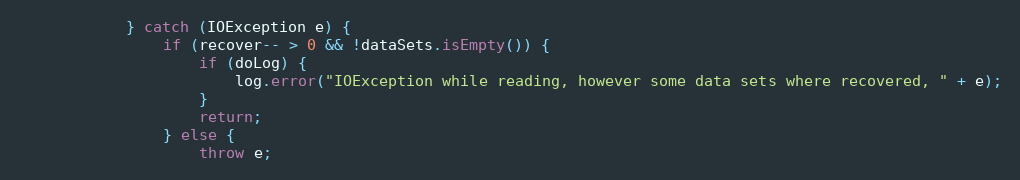
Language: Java
			} catch (IOException e) {
				if (recover-- > 0 && !dataSets.isEmpty()) {
					if (doLog) {
						log.error("IOException while reading, however some data sets where recovered, " + e);
					}
					return;
				} else {
					throw e;